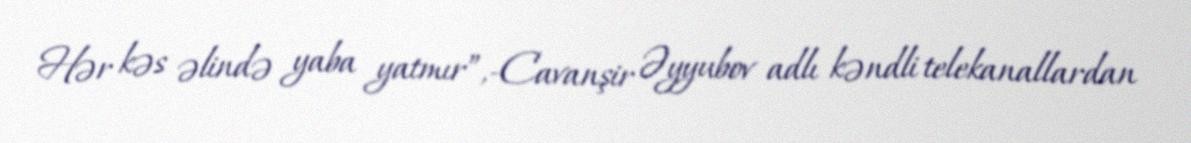
Hər kəs əlində yaba yatmır”,-Cavanşir Əyyubov adlı kəndli telekanallardan